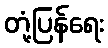
တုံ့ပြန်ရေး